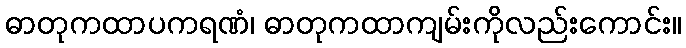
ဓာတုကထာပကရဏံ၊ ဓာတုကထာကျမ်းကိုလည်းကောင်း။